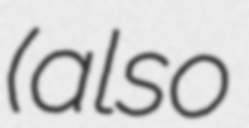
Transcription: (also